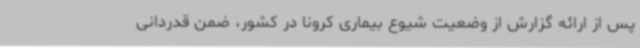
پس از ارائه گزارش از وضعیت شیوع بیماری کرونا در کشور، ضمن قدردانی